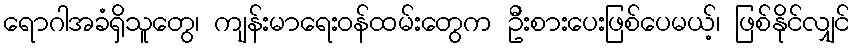
ရောဂါအခံရှိသူတွေ၊ ကျန်းမာရေးဝန်ထမ်းတွေက ဦးစားပေးဖြစ်ပေမယ့်၊ ဖြစ်နိုင်လျှင်